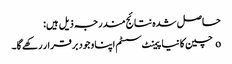
حاصل شدہ نتائج مندرجہ ذیل ہیں:
o چین کا نیا پیمنٹ سسٹم اپنا وجود برقرار رکھے گا۔